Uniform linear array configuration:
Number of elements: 4
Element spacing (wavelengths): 0.25
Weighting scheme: binomial
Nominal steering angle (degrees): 45
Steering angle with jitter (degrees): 46.639
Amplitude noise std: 0.05
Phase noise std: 0.05

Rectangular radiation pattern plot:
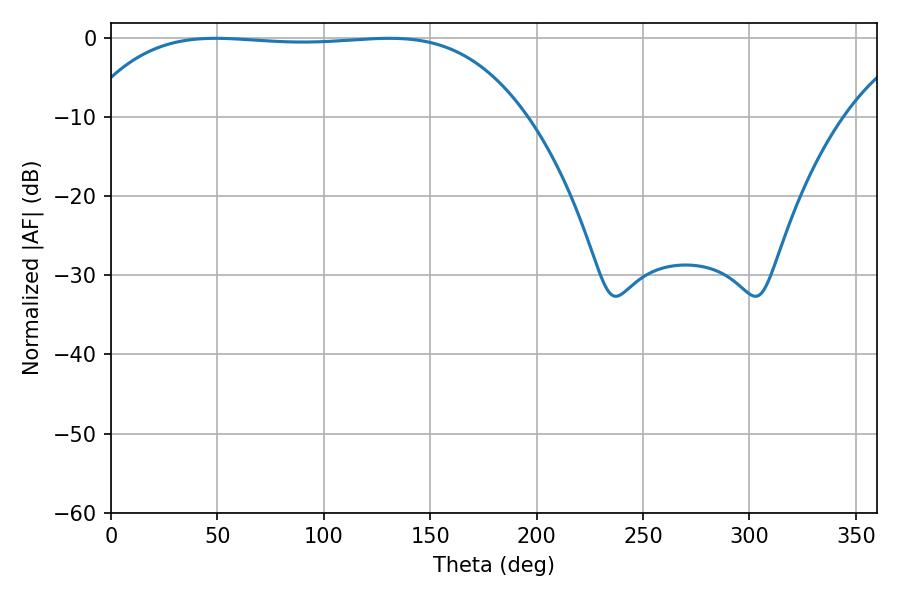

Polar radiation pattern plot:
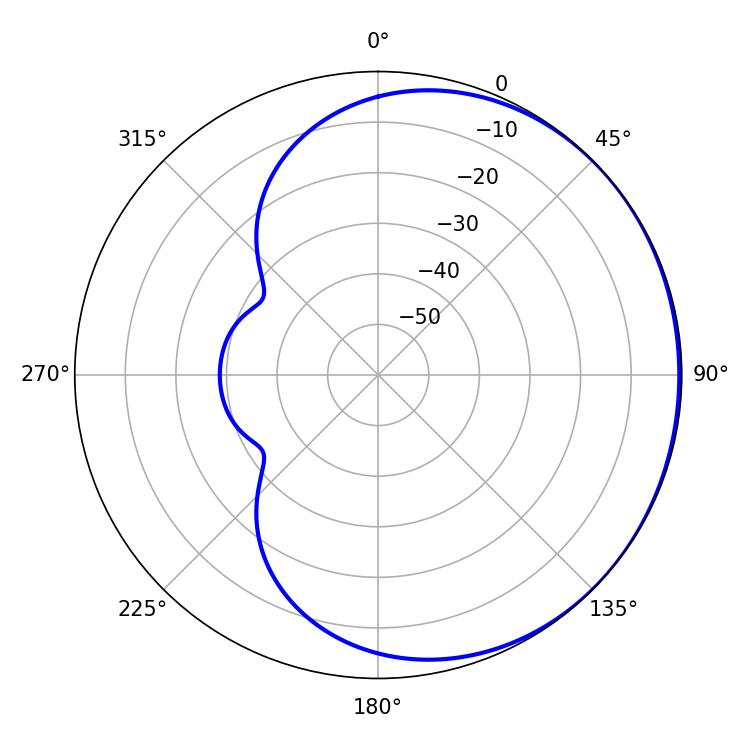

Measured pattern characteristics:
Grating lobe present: FALSE
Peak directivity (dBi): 0.4412
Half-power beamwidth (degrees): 161.64
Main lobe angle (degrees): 49.14